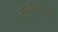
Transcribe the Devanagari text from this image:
आयुर्वेदनिपुण